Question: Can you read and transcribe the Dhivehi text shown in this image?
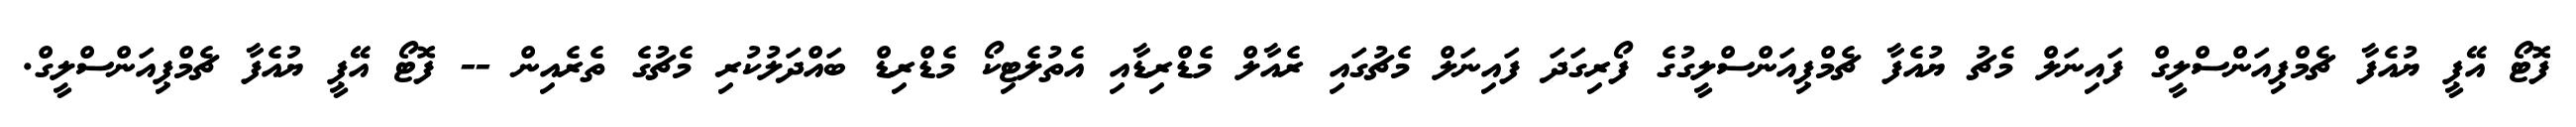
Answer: ފޮޓޯ އޭޕީ ޔުއެފާ ޗެމްޕިއަންސްލީގް ފައިނަލް މެޗު ޔުއެފާ ޗެމްޕިއަންސްލީގުގެ ފޯރިގަދަ ފައިނަލް މެޗުގައި ރެއާލް މެޑްރިޑާއި އެތުލެޓިކޯ މެޑްރިޑް ބައްދަލުކުރި މެޗުގެ ތެރެއިން -- ފޮޓޯ އޭޕީ ޔުއެފާ ޗެމްޕިއަންސްލީގް.